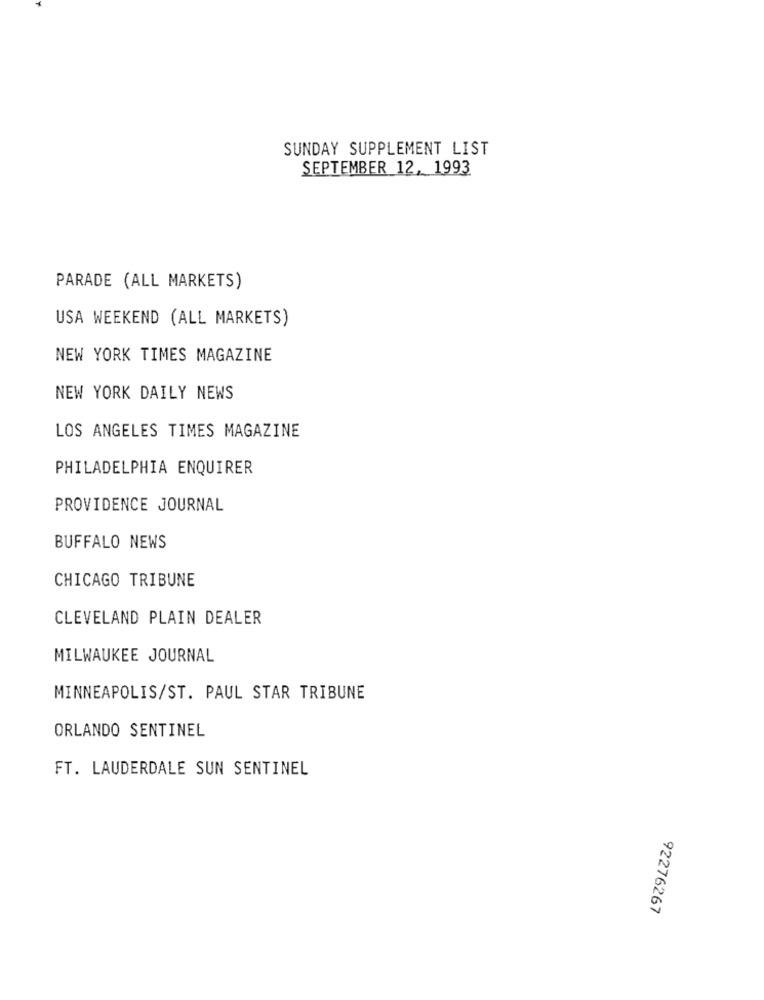
SUNDAY SUPPLEMENT LIST
SEPTEMBER 12, 1993
PARADE (ALL MARKETS)
USA WEEKEND (ALL MARKETS)
NEW YORK TIMES MAGAZINE
NEW YORK DAILY NEWS
LOS ANGELES TIMES MAGAZINE
PHILADELPHIA ENQUIRER
PROVIDENCE JOURNAL
BUFFALO NEWS
CHICAGO TRIBUNE
CLEVELAND PLAIN DEALER
MILWAUKEE JOURNAL
MINNEAPOLIS/ST. PAUL STAR TRIBUNE
ORLANDO SENTINEL
FT. LAUDERDALE SUN SENTINEL
92276267